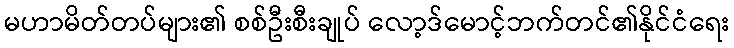
မဟာမိတ်တပ်များ၏ စစ်ဦးစီးချုပ် လော့ဒ်မောင့်ဘက်တင်၏နိုင်ငံရေး